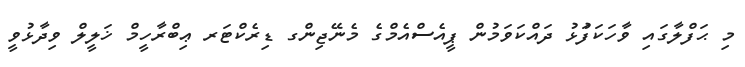
މި ޙަފްލާގައި ވާހަކަފުަޅު ދައްކަވަމުން ޕީއެސްއެމްގެ މެނޭޖިންގ ޑިރެކްޓަރ ޢިބްރާހީމް ޚަލީލް ވިދާޅުވީ